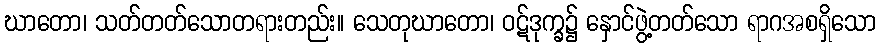
ဃာတော၊ သတ်တတ်သောတရားတည်း။ သေတုဃာတော၊ ဝဋ်ဒုက္ခ၌ နှောင်ဖွဲ့တတ်သော ရာဂအစရှိသော